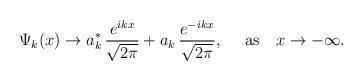
LaTeX: \begin{align*}\Psi_k(x)\rightarrow a_k^*\,\frac{e^{ikx}}{\sqrt{2\pi}}+a_k\,\frac{e^{-ikx}}{\sqrt{2\pi}},~~~~\mbox{as}~~~x\rightarrow -\infty.\end{align*}